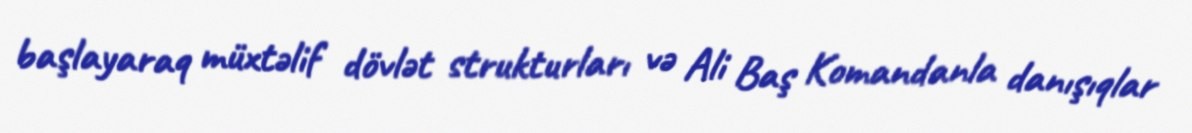
başlayaraq müxtəlif dövlət strukturları və Ali Baş Komandanla danışıqlar